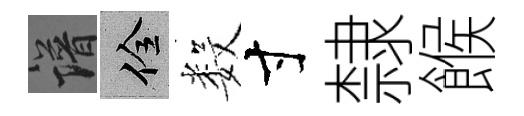
譜佺数寸隸餱